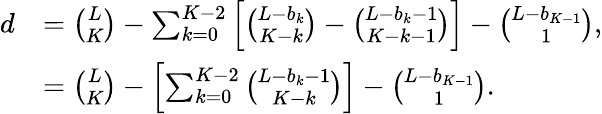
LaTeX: \begin{array}{rl}{d}&{=\binom{L}{K}-\sum_{k=0}^{K-2}\left[\binom{L-b_{k}}{K-k}-\binom{L-b_{k}-1}{K-k-1}\right]-\binom{L-b_{K-1}}{1},}\\ &{=\binom{L}{K}-\left[\sum_{k=0}^{K-2}\binom{L-b_{k}-1}{K-k}\right]-\binom{L-b_{K-1}}{1}.}\end{array}